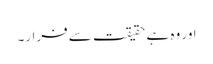
اور وہ ہے حقیقت سے فرار۔